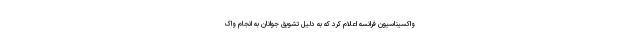
واکسیناسیون فرانسه اعلام کرد که به دلیل تشویق جوانان به انجام واک